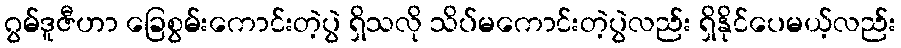
ဂွမ်ဒူဇီဟာ ခြေစွမ်းကောင်းတဲ့ပွဲ ရှိသလို သိပ်မကောင်းတဲ့ပွဲလည်း ရှိနိုင်ပေမယ့်လည်း